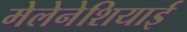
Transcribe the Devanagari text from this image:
मेलेनेशियाई